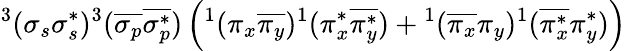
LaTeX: ^3(\sigma_{s}\sigma_{s}^{*})^{3}(\overline{{\sigma_{p}}}\overline{{\sigma_{p}^{*}}})\left(^1(\pi_{x}\overline{{\pi_{y}}})^{1}(\pi_{x}^{*}\overline{{\pi_{y}^{*}}})+{}^{1}(\overline{{\pi_{x}}}\pi_{y})^{1}(\overline{{\pi_{x}^{*}}}\pi_{y}^{*})\right)